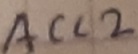
Text: ACC2